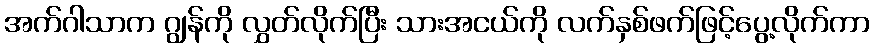
အက်ဂါသာက ဂျွန်ကို လွှတ်လိုက်ပြီး သားအငယ်ကို လက်နှစ်ဖက်ဖြင့်ပွေ့လိုက်ကာ